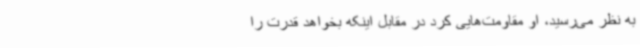
به نظر می‌رسید، او مقاومت‌هایی کرد در مقابل اینکه بخواهد قدرت را